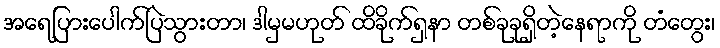
အရေပြားပေါက်ပြဲသွားတာ၊ ဒါမှမဟုတ် ထိခိုက်ရှနာ တစ်ခုခုရှိတဲ့နေရာကို တံတွေး၊